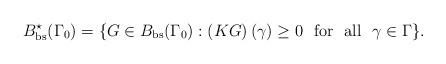
LaTeX: \begin{align*} B_{\rm bs}^{\star}(\Gamma_0) = \{ G \in B_{\rm bs}(\Gamma_0): \left(KG \right) (\gamma) \geq 0 \ \ {\rm for} \ \ {\rm all} \ \ \gamma\in \Gamma\}.\end{align*}